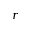
r